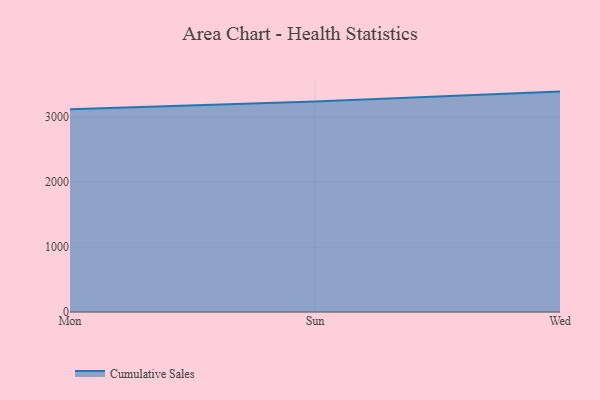
{"axis": {"x": "Day", "y": "Revenue (USD Million)"}, "legend": ["Cumulative Sales"], "data": [{"x": "Mon", "y": 3121.1, "type": "Cumulative Sales"}, {"x": "Sun", "y": 3240.6, "type": "Cumulative Sales"}, {"x": "Wed", "y": 3393.5, "type": "Cumulative Sales"}]}